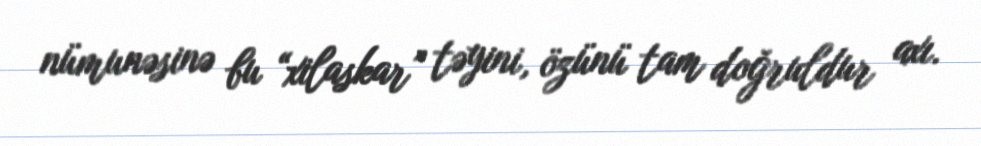
nümunəsinə bu “xilaskar” təyini, özünü tam doğruldur axı.